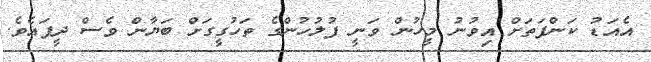
އެއަޑު ކަންފަތަށް އިވުނު މީހުން ވަނީ ފުލުހުންގެ ތަހުގީގަށް ބަޔާން ވެސް ދީފައެވެ.